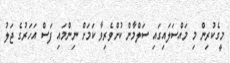
މީގެކުރިން މި މައްސަލައިގައި ސަލްމާން ކުށްވެރިވާ ކަމަށް ނިންމައި ފަސް އަހަރުގެ ޖަލު